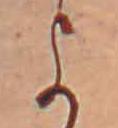
よ